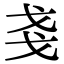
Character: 戔